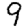
Digit: 9